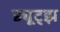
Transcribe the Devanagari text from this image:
ड्यूट्झ